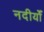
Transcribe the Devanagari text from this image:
नदीयोँ